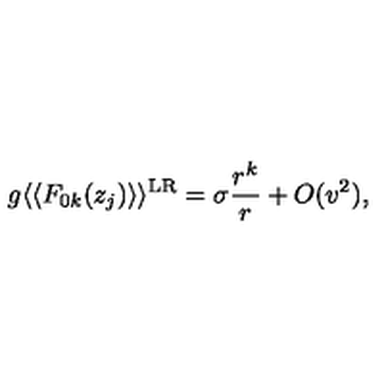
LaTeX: g \langle \langle F _ { 0 k } ( z _ { j } ) \rangle \rangle ^ { \mathrm { L R } } = \sigma \frac { r ^ { k } } { r } + O ( v ^ { 2 } ) ,